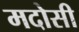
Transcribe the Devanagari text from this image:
मदोसी